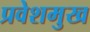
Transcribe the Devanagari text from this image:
प्रवेशमुख